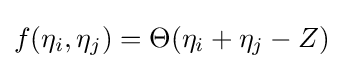
f(\eta _{i},\eta _{j})=\Theta (\eta _{i}+\eta _{j}-Z)